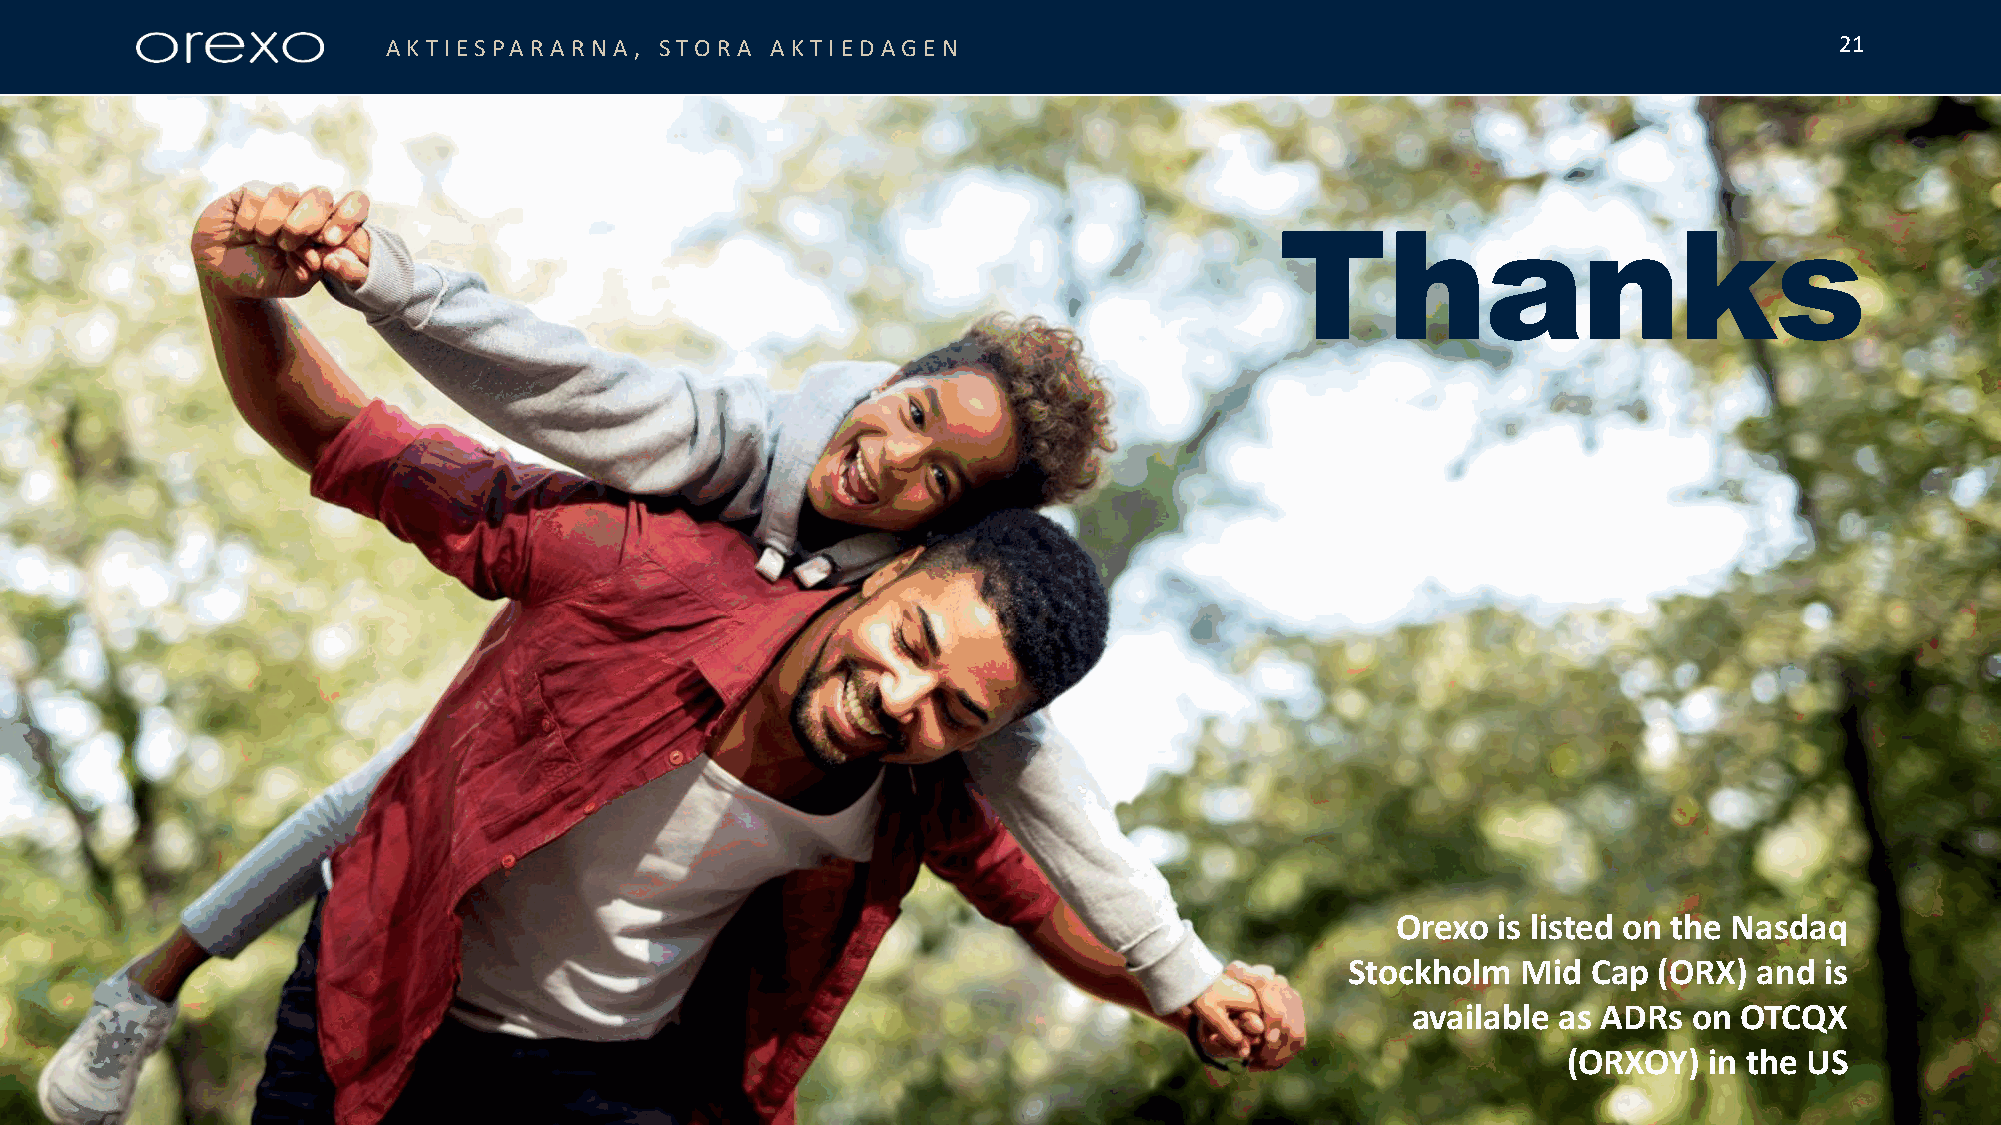
AKT IESPARARN  A , STORA AKT IE DAGE N                                                          21
 Thanks
 Orexo  is listed on the Nasdaq
 Stockholm   Mid Cap  (ORX) and  is
 available as ADRs  on OTCQX
 (ORXOY)  in the US